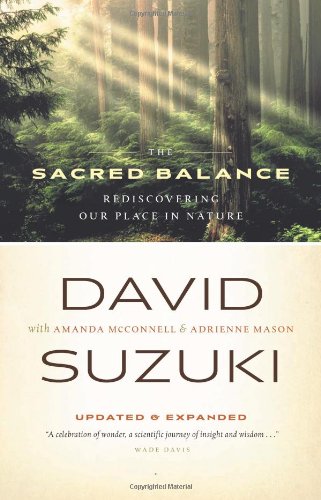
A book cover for The Sacred Balance: Rediscovering Our Place in Nature; David Suzuki; Science & Math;